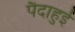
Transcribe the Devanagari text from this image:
पैदाहुई